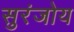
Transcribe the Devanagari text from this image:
सुरंजोय